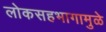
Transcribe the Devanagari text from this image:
लोकसहभागामुळे